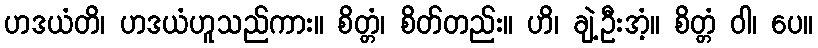
ဟဒယံတိ၊ ဟဒယံဟူသည်ကား။ စိတ္တံ၊ စိတ်တည်း။ ဟိ၊ ချဲ့ဦးအံ့။ စိတ္တံ ဝါ၊ ပေ။